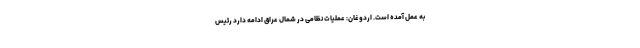
به عمل آمده است. اردوغان: عملیات نظامی در شمال عراق ادامه دارد رئیس